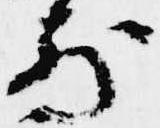
前